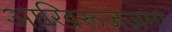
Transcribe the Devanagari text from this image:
आखि़रूज़ज़मा